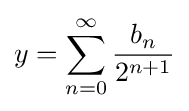
y=\sum _{n=0}^{\infty }{\frac {b_{n}}{2^{n+1}}}